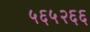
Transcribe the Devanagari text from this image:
५६५२६६